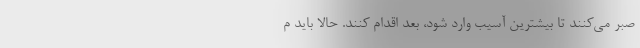
صبر می‌کنند تا بیشترین آسیب وارد شود، بعد اقدام کنند. حالا باید م